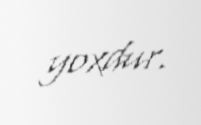
yoxdur.